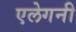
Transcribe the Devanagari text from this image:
एलेगनी